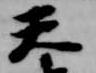
天